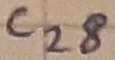
Text: C28